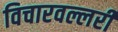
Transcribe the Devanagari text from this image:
विचारवल्लरी